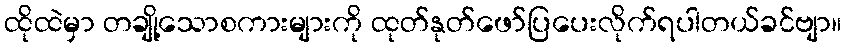
ထိုထဲမှာ တချို့သောစကားများကို ထုတ်နုတ်ဖော်ပြပေးလိုက်ရပါတယ်ခင်ဗျာ။